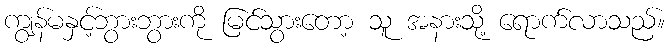
ကျွန်မနှင့်ဘွားဘွားကို မြင်သွားတော့ သူ အနားသို့ ရောက်လာသည်။